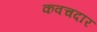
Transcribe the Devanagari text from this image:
कवचदार